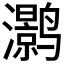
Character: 𮹛